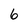
Character: 6